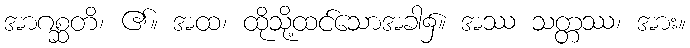
အာဂစ္ဆတိ၊ ၏။ အထ၊ ထိုသို့ထင်သောအခါ၌။ အဿ သတ္တဿ၊ အား။